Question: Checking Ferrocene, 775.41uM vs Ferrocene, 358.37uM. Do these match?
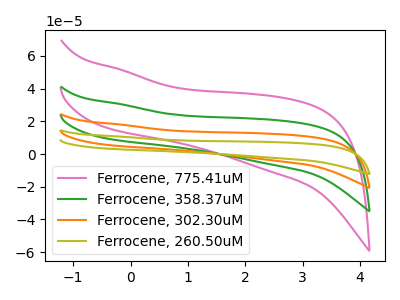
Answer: <think>The pink curve "Ferrocene, 775.41uM" has no peaks. The green curve "Ferrocene, 358.37uM" has no peaks. The orange curve "Ferrocene, 302.30uM" has no peaks. The olive curve "Ferrocene, 260.50uM" has no peaks.
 Neither "Ferrocene, 775.41uM" or "Ferrocene, 358.37uM" have any peaks.</think>
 <answer>"Ferrocene, 775.41uM" and "Ferrocene, 358.37uM" are similar in shape.</answer>
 <eval>same_shape</eval>